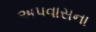
અપવાસના